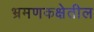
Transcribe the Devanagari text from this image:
भ्रमणकक्षेतील